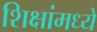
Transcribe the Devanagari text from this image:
शिक्षांमध्ये